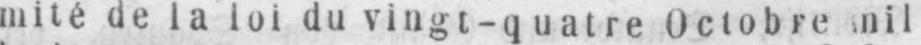
mité de la loi du vingt-quatre Octobre nil